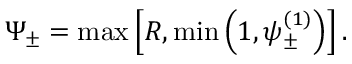
\Psi _ { \pm } = \operatorname* { m a x } \left[ R , \operatorname* { m i n } \left( 1 , \psi _ { \pm } ^ { ( 1 ) } \right) \right] .